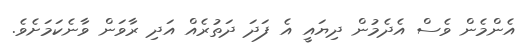
އެންމެން ވެސް އެދެމުން ދިޔައީ އެ ފަދަ ދަތުރެއް އަދި ރާވަން ވާނެކަމަށެވެ.